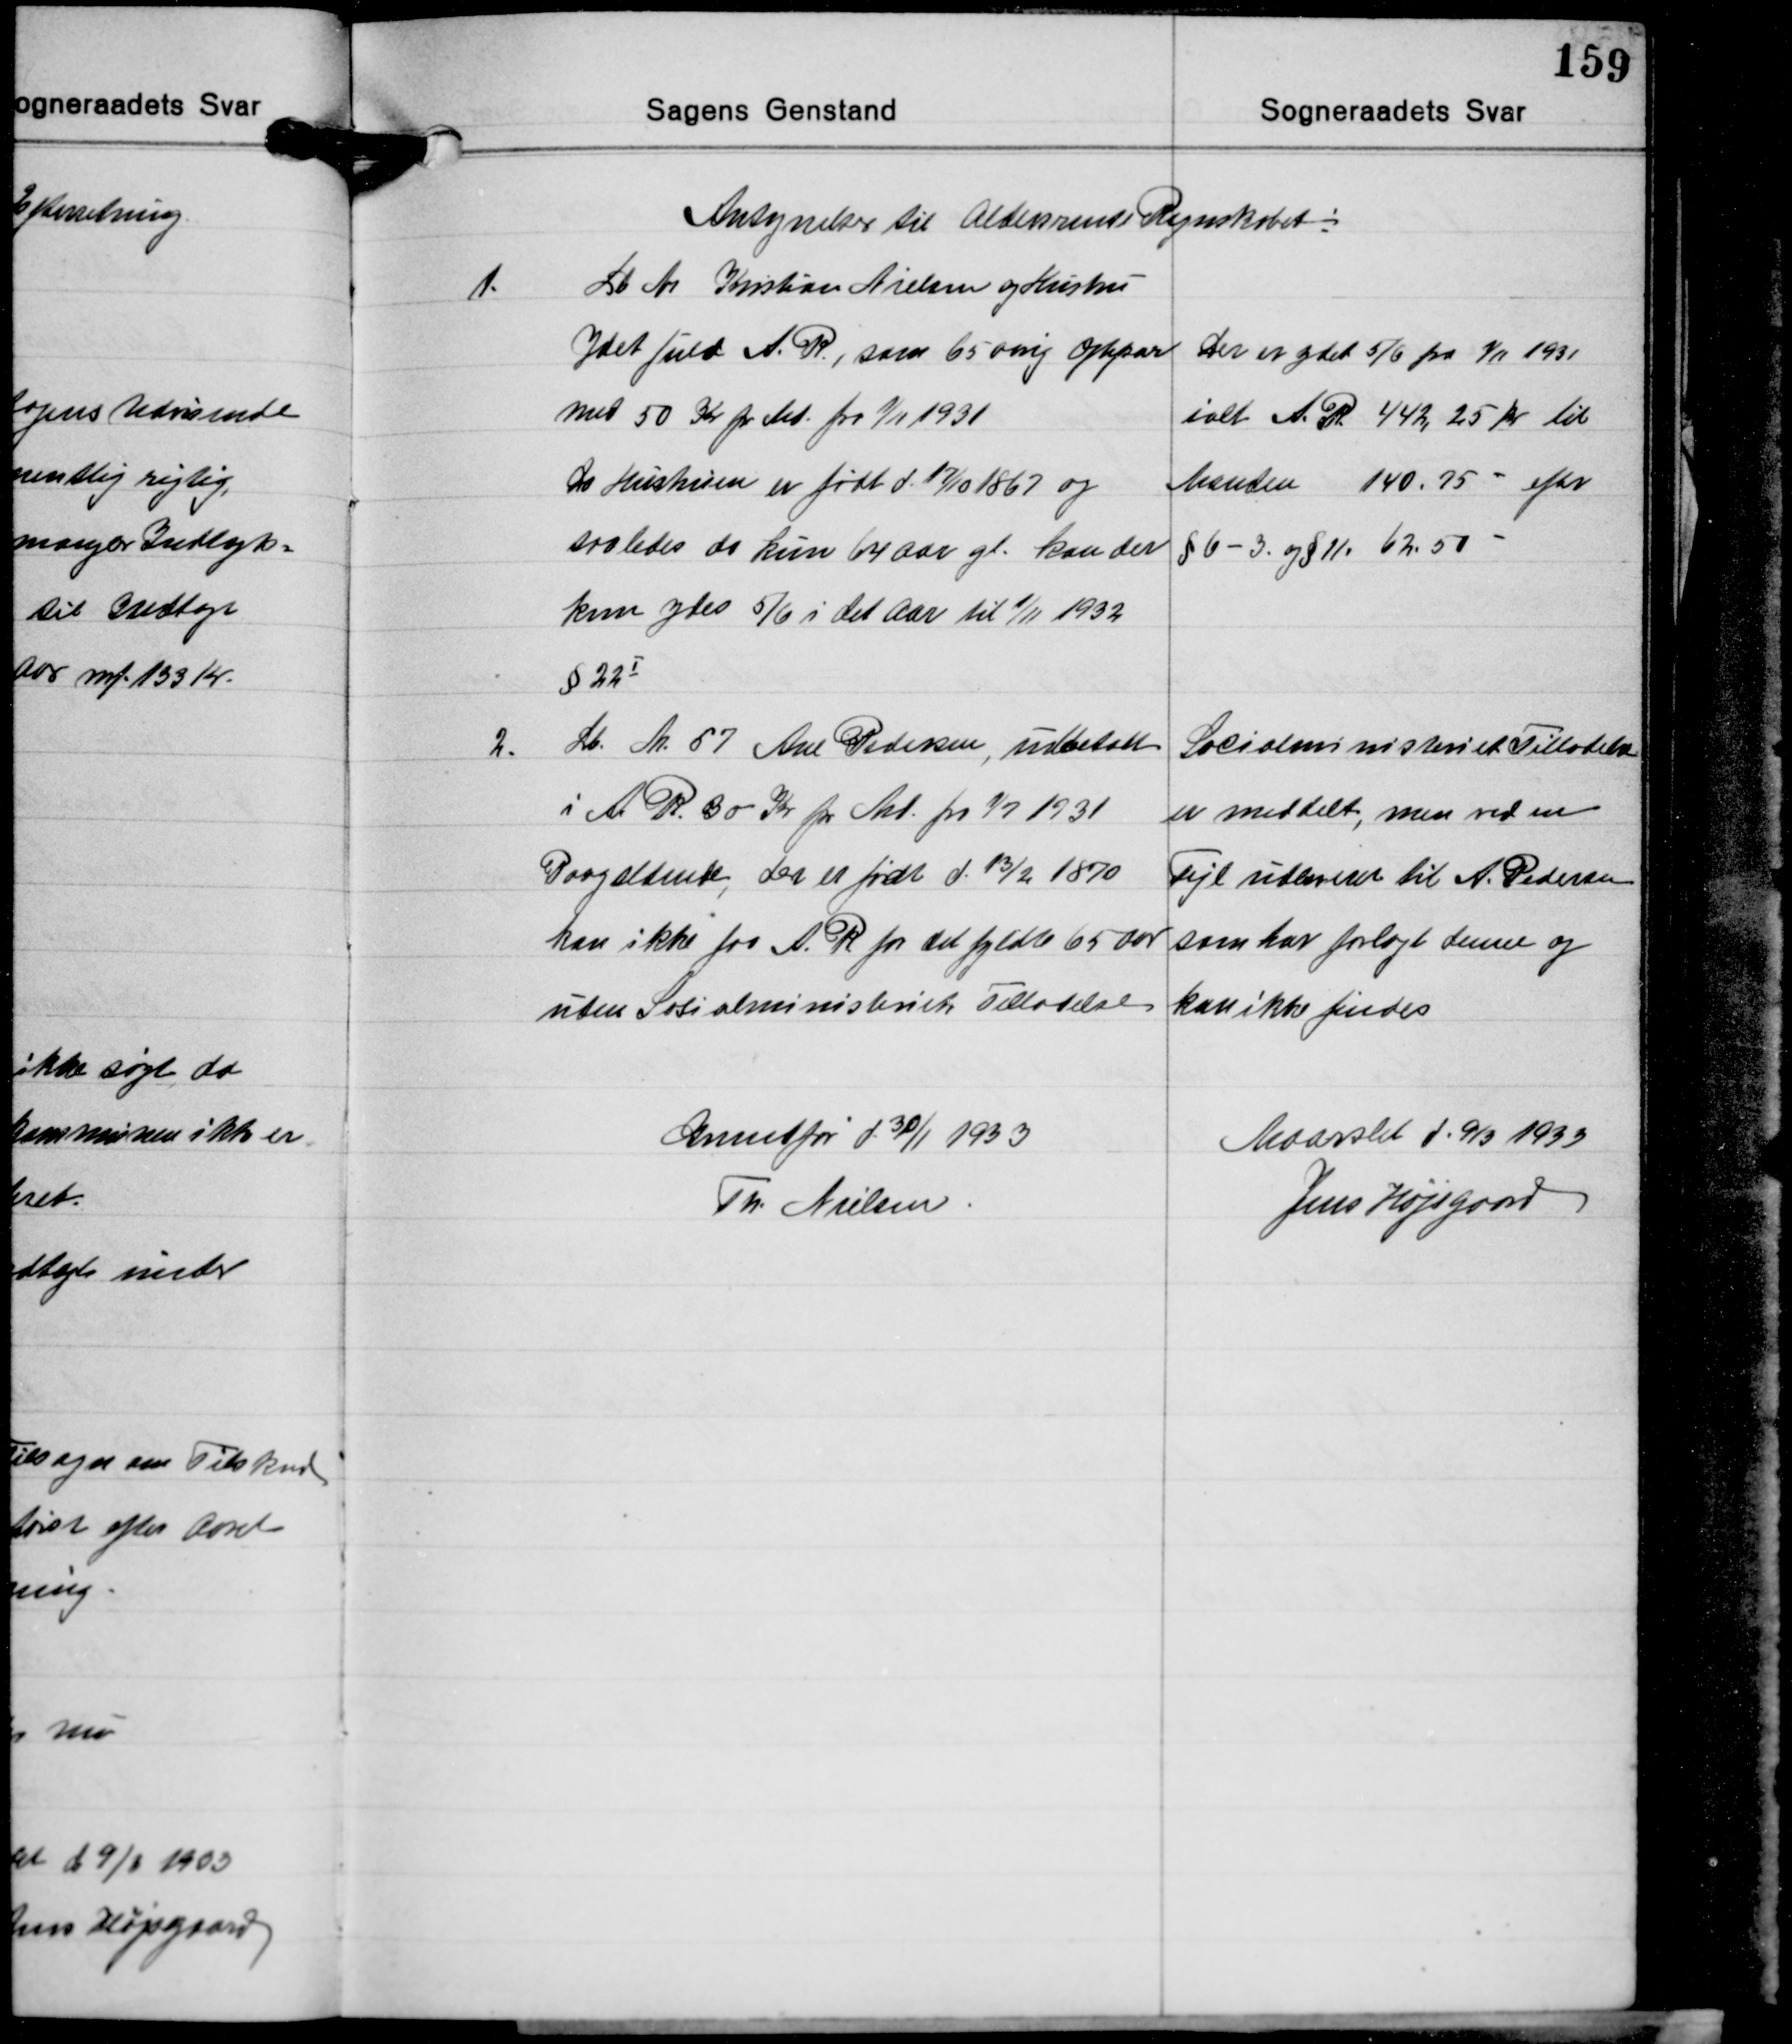
Transskription:
Antegnelser til Aldersrente Regnskabet:

1.
Lb. Nr. Kristian Nielsen og Hustru
Idet fuld A. R., som 65 aarig Ægtepar
med 50 Kr. pr. Md. fra 1/11 1931
Da Hustruen er født d. 17/10 1867 og
saaledes da kun 64 Aar gl. kan der
kun ydes 5/6 i det Aar til 1/11 1932
§ 22Ⅰ

Der er ydet 5/6 fra 1/11 1931
ialt A. R 442,25 kr. til
Manden140.75- efter
§ 6-3 og §11 62.50 -

2. Lb. Nr. 57 Ane Pedersen, udbetalt
i A. R. 30 Kr. pr. Md. fra 1/7 1931
Paagældende, der er født d. 13/2 1870
kan ikke faa A.R. før det fyldte 65 Aar
uden Socialministeriets Tilladelse

Socialministeriets Tilladelse
er meddelt, men ved en
Fejl udleveret til A. Pedersen
som har forlagt denne og
kan ikke findes

Grundfør d 30/1 1933
Th. Nielsen.

Maarslet d. 9/3 1933
Jens Højsgaard